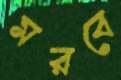
মরবে